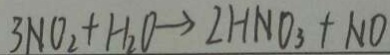
3 N O _ { 2 } + H _ { 2 } O \rightarrow 2 H N O _ { 3 } + N O